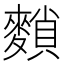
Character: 䵀